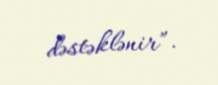
dəstəklənir”.